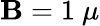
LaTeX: \mathbf{B}=1~\mu